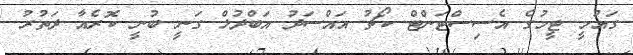
ގައުމީ ޓީމުގެ އެސިސްޓަންޓް ކޯޗު އައްސަދު އަބްދުލް ގަނީ ބުނީ ކޮރެއާ ދަތުރު